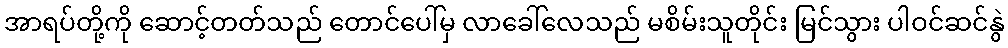
အာရပ်တို့ကို ဆောင့်တတ်သည် တောင်ပေါ်မှ လာခေါ်လေသည် မစိမ်းသူတိုင်း မြင်သွား ပါဝင်ဆင်နွဲ